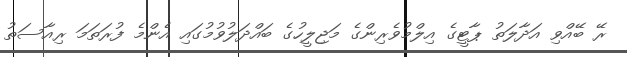
ރޭ ބޭއްވި އަދާލަތު ޕާޓީގެ އިލްމުވެރިންގެ މަޖިލީހުގެ ބައްދަލުވުމުގައި އެންމެ ފުރަތަމަ ރިއާސަތު